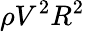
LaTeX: \rho V^{2}R^{2}